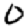
Digit: 0